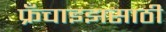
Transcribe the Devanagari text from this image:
फ्रँचाइझसाठी